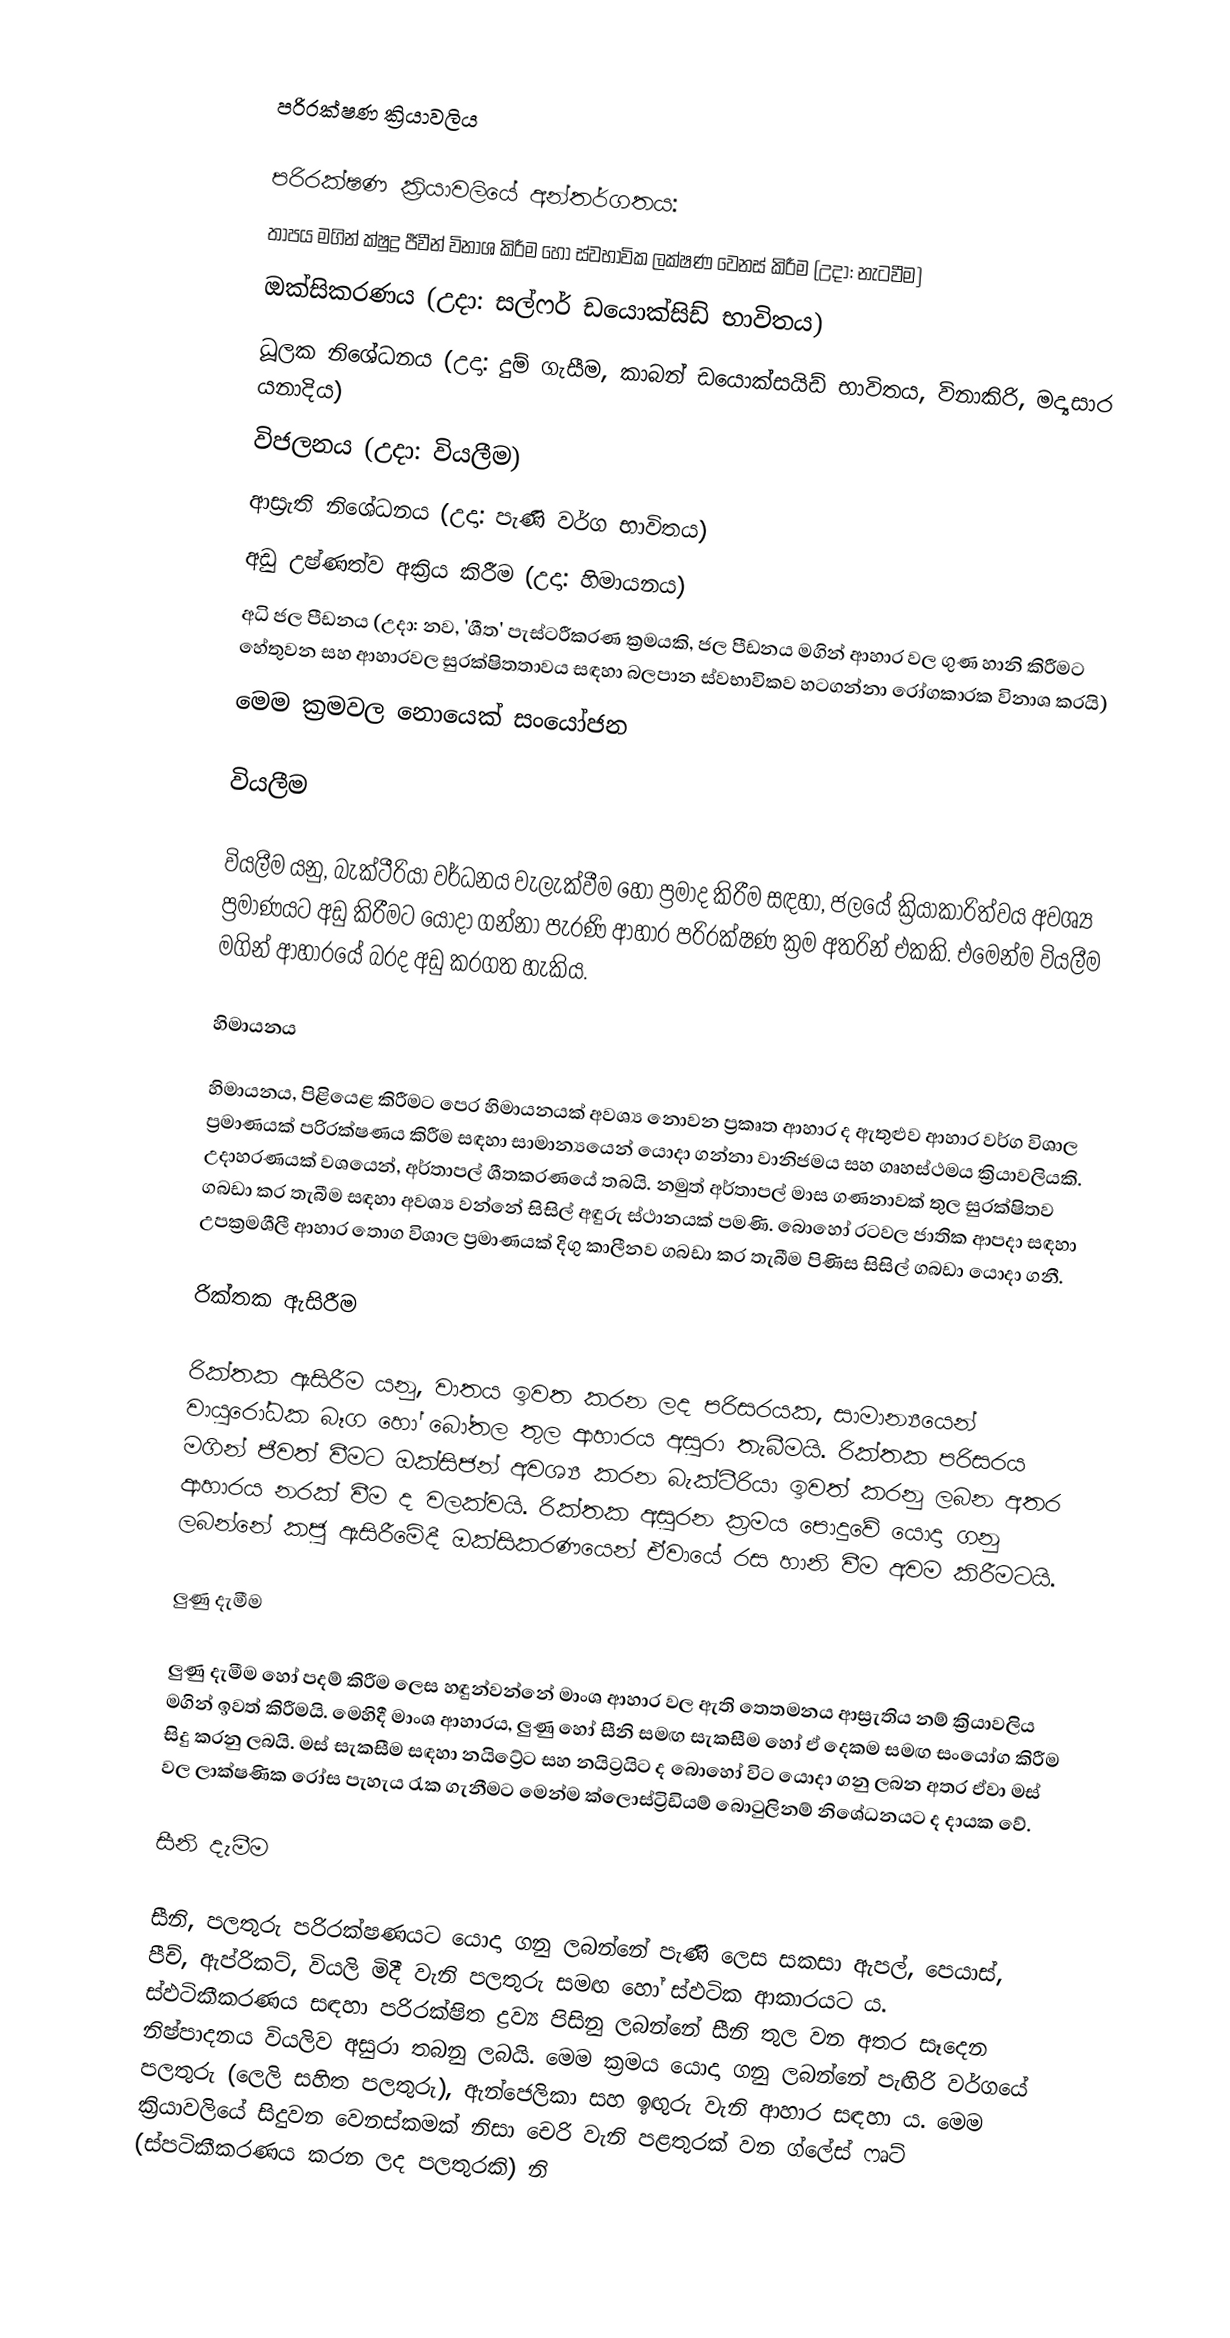

පරිරක්ෂණ ක්‍රියාවලිය

පරිරක්ෂණ ක්‍රියාවලියේ අන්තර්ගතය:
 තාපය මගින් ක්ෂුද්‍ර ජීවීන් විනාශ කිරීම හෝ ස්වභාවික ලක්ෂණ වෙනස් කිරීම (උදා: නැටවීම)
 ඔක්සිකරණය (උදා: සල්ෆර් ඩයොක්සිඩ් භාවිතය)
 ධූලක නිශේධනය (උදා: දුම් ගැසීම, කාබන් ඩයොක්සයිඩ් භාවිතය, විනාකිරි, මද්‍යසාර යනාදිය)
 විජලනය (උදා: වියලීම)
 ආස්‍රැති නිශේධනය (උදා: පැණි වර්ග භාවිතය)
 අඩු උෂ්ණත්ව අක්‍රිය කිරීම (උදා: හිමායනය)
 අධි ජල පීඩනය (උදා: නව, 'ශීත' පැස්ටරීකරණ ක්‍රමයකි, ජල පීඩනය මගින් ආහාර වල ගුණ හානි කිරීමට හේතුවන සහ ආහාරවල සුරක්ෂිතතාවය සඳහා බලපාන ස්වභාවිකව හටගන්නා රෝගකාරක විනාශ කරයි)
 මෙම ක්‍රමවල නොයෙක් සංයෝජන

වියලීම

වියලීම යනු, බැක්ටීරියා වර්ධනය වැලැක්වීම හෝ ප්‍රමාද කිරීම සඳහා, ජලයේ ක්‍රියාකාරිත්වය අවශ්‍ය ප්‍රමාණයට අඩු කිරීමට යොදා ගන්නා පැරණි ආහාර පරිරක්ෂණ ක්‍රම අතරින් එකකි. එමෙන්ම වියලීම මගින් ආහාරයේ බරද අඩු කරගත හැකිය.

හිමායනය

හිමායනය, පිළියෙළ කිරීමට පෙර හිමායනයක් අවශ්‍ය නොවන ප්‍රකෘත ආහාර ද ඇතුළුව ආහාර වර්ග විශාල ප්‍රමාණයක් පරිරක්ෂණය කිරීම සඳහා සාමාන්‍යයෙන් යොදා ගන්නා වානිජමය සහ ගෘහස්ථමය ක්‍රියාවලියකි. උදාහරණයක් වශයෙන්, අර්තාපල් ශීතකරණයේ තබයි. නමුත් අර්තාපල් මාස ගණනාවක් තුල සුරක්ෂිතව ගබඩා කර තැබීම සඳහා අවශ්‍ය වන්නේ සිසිල් අඳුරු ස්ථානයක් පමණි. බොහෝ රටවල ජාතික ආපදා සඳහා උපක්‍රමශීලී ආහාර තොග විශාල ප්‍රමාණයක් දිගු කාලීනව ගබඩා කර තැබීම පිණිස සිසිල් ගබඩා යොදා ගනී.

රික්තක ඇසිරීම

රික්තක ඇසිරීම යනු, වාතය ඉවත කරන ලද පරිසරයක, සාමාන්‍යයෙන් වායුරෝධක බෑග හෝ බෝතල තුල ආහාරය අසුරා තැබීමයි. රික්තක පරිසරය මගින් ජීවත් වීමට ඔක්සිජන් අවශ්‍ය කරන බැක්ටීරියා ඉවත් කරනු ලබන අතර ආහාරය නරක් වීම ද වලක්වයි. රික්තක අසුරන ක්‍රමය පොදුවේ යොදා ගනු ලබන්නේ කජු ඇසිරීමේදී ඔක්සිකරණයෙන් ඒවායේ රස හානි වීම අවම කිරීමටයි.

ලුණු දැමීම

ලුණු දැමීම හෝ පදම් කිරීම ලෙස හඳුන්වන්නේ මාංශ ආහාර වල ඇති තෙතමනය ආස්‍රැතිය නම් ක්‍රියාවලිය මගින් ඉවත් කිරීමයි. මෙහිදී මාංශ ආහාරය, ලුණු හෝ සීනි සමඟ සැකසීම හෝ ඒ දෙකම සමඟ සංයෝග කිරීම සිදු කරනු ලබයි. මස් සැකසීම සඳහා නයිට්‍රේට සහ නයිට්‍රයිට ද බොහෝ විට යොදා ගනු ලබන අතර ඒවා මස් වල ලාක්ෂණික රෝස පැහැය රැක ගැනීමට මෙන්ම ක්ලොස්ට්‍රිඩියම් බොටුලිනම් නිශේධනයට ද  දායක වේ.

සීනි දැමීම

සීනි, පලතුරු පරිරක්ෂණයට යොදා ගනු ලබන්නේ පැණි ලෙස සකසා ඇපල්, පෙයාස්, පීච්, ඇප්රිකට්, වියලි මිදී වැනි පලතුරු සමඟ හෝ ස්ඵටික ආකාරයට ය. ස්ඵටිකීකරණය සඳහා පරිරක්ෂිත ද්‍රව්‍ය පිසිනු ලබන්නේ සීනි තුල වන අතර සෑදෙන නිෂ්පාදනය වියලිව අසුරා තබනු ලබයි. මෙම ක්‍රමය යොදා ගනු ලබන්නේ පැඟිරි වර්ගයේ පලතුරු (ලෙලි සහිත පලතුරු), ඇන්ජෙලිකා සහ ඉඟුරු වැනි ආහාර සඳහා ය.  මෙම ක්‍රියාවලියේ සිදුවන වෙනස්කමක් නිසා චෙරි වැනි පළතුරක් වන ග්ලේස් ෆෘට් (ස්පටිකීකරණය කරන ලද පලතුරකි) නි